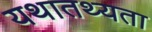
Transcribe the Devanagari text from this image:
यथातथ्‍यता